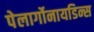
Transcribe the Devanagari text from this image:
पेलार्गोनायडिन्स